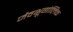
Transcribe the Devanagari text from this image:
जैवभूगोलिक